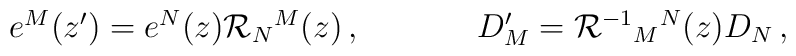
\begin{array}{cc}e^{M}(z^{\prime})=e^{N}(z){\cal R}_{N}{}^{M}(z)\,,~~~~&~~~~D^{\prime}_{M}={\cal R}^{-1}{}_{M}{}^{N}(z)D_{N}\,,\end{array}